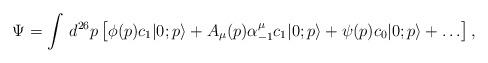
LaTeX: \begin{align*}\Psi = \int \, d^{26}p \left[\phi(p) c_1 |0;p\rangle + A_{\mu}(p) \alpha_{-1}^{\mu} c_1 |0;p\rangle + \psi(p) c_0 |0;p\rangle + \ldots\right],\end{align*}